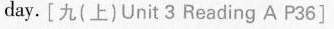
day. [九(上)Unit 3 Reading A P36]